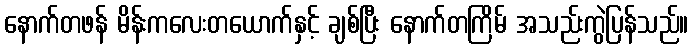
နောက်တဖန် မိန်းကလေးတယောက်နှင့် ချစ်ပြီး နောက်တကြိမ် အသည်းကွဲပြန်သည်။